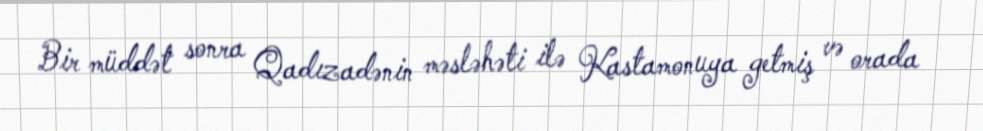
Bir müddət sonra Qadızadənin məsləhəti ilə Kastamonuya getmiş və orada